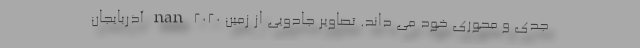
جدی و محوری خود می داند. تصاویر جادویی از زمین 2020 nan آذربایجان